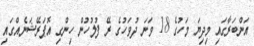
އަންބަރާގައި މިދިޔަ މަހުގެ 18 ވަނަ ދުވަހުގެ ރޭ ފުލުހުން ހިންގި އޮޕަރޭޝަނެއްގައި